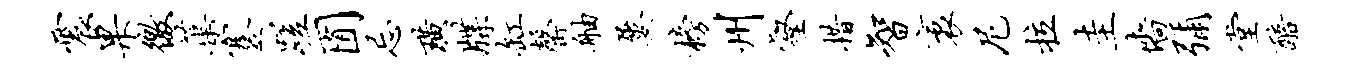
震果徼蕖蹇蹉囿忌璜牒缸罄舳屡榜州壑措智袤尼拉圭墙弥堂醅